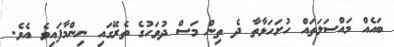
ބައެއް މައްސަލަތައް ހުށަހަޅާތާ ދެ ތިން މަސް ދުވަހުގެ ތެރޭގައި ނިންމާފައިވެ އެވެ.